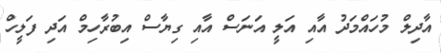
އާދިލް މުހައްމަދު އާއި އަލީ އަނަސް އާއި ގިޔާސް އިބުރާހިމް އަދި ފަލީހް